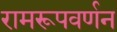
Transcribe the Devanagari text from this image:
रामरूपवर्णन